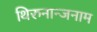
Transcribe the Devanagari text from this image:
थिरुनान्जनाम